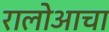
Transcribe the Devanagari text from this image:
रालोआचा